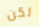
لكن